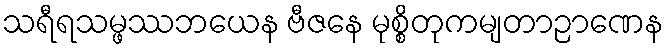
သရီရသမ္ဖဿဘယေန ဗီဇနေ မုစ္စိတုကမျတာဉာဏေန